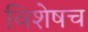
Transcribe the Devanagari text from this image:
विशेषच